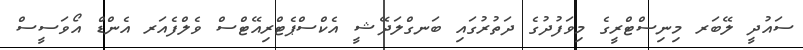
ސައުދީ ލޭބަރ މިނިސްޓްރީގެ މިވަފުދުގެ ދަތުރުގައި ބަނގްލަދޭޝީ އެކްސްޕެޓްރިއޭޓްސް ވެލްފެއަރ އެންޑް އޯވަސީސް